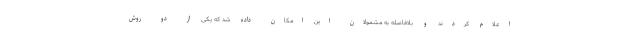
اعلام کردند و بلافاصله به مشمولان این امکان داده شد که یکی از دو روش